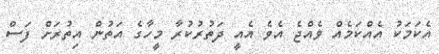
އެކަމަކު އެއްކަމެއް ވެއްޖެ އެވެ އެއީ ދަތުރުކުރާ މީހާގެ އަތުން އިތުރަށް ފަސް